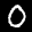
Label: 0